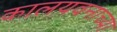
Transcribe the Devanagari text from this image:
कालयवनाच्या